Report on lock hospitals in British Burma
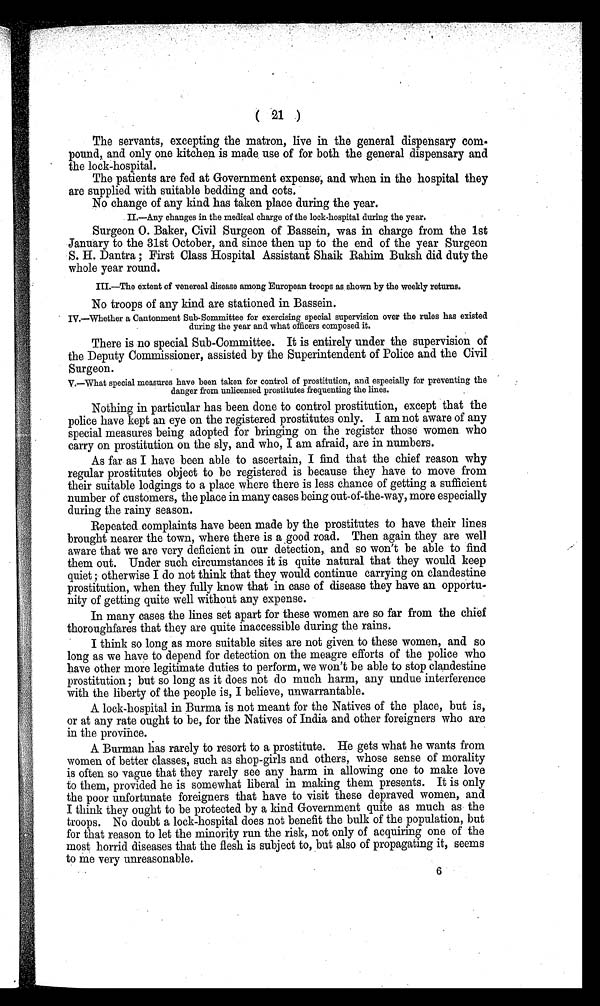
( 21 )
The servants, excepting the matron, live in the general dispensary com-
pound, and only one kitchen is made use of for both the general dispensary and
the lock-hospital.
The patients are fed at Government expense, and when in the hospital they
are supplied with suitable bedding and cots.
No change of any kind has taken place during the year.
II.—Any changes in the medical charge of the lock-hospital during the year.
Surgeon 0. Baker, Civil Surgeon of Bassein, was in charge from the 1st
January to the 31st October, and since then up to the end of the year Surgeon
S. H. Dantra ; First Class Hospital Assistant Shaik Rahim Buksh did duty the
whole year round.
III.—The extent of venereal disease among European troops as shown by the weekly returns.
No troops of any kind are stationed in Bassein.
IV.—Whether a Cantonment Sub-Committee for exercising special supervision over the rules has existed
during the year and what officers composed it.
There is no special Sub-Committee. It is entirely under the supervision of
the Deputy Commissioner, assisted by the Superintendent of Police and the Civil
Surgeon.
V.—What special measures have been taken for control of prostitution, and especially for preventing the
danger from unlicensed prostitutes frequenting the lines.
Nothing in particular has been done to control prostitution, except that the
police have kept an eye on the registered prostitutes only. I am not aware of any
special measures being adopted for bringing on the register those women who
carry on prostitution on the sly, and who, I am afraid, are in numbers.
As far as I have been able to ascertain, I find that the chief reason why
regular prostitutes object to be registered is because they have to move from
their suitable lodgings to a place where there is less chance of getting a sufficient
number of customers, the place in many cases being out-of-the-way, more especially
during the rainy season.
Repeated complaints have been made by the prostitutes to have their lines
brought nearer the town, where there is a good road. Then again they are well
aware that we are very deficient in our detection, and so won't be able to find
them out. Under such circumstances it is quite natural that they would keep
quiet ; otherwise I do not think that they would continue carrying on clandestine
prostitution, when they fully know that in case of disease they have an opportu-
nity of getting quite well without any expense.
In many cases the lines set apart for these women are so far from the chief
thoroughfares that they are quite inaccessible during the rains.
I think so long as more suitable sites are not given to these women, and so
long as we have to depend for detection on the meagre efforts of the police who
have other more legitimate duties to perform, we won't be able to stop clandestine
prostitution ; but so long as it does not do much harm, any undue interference
with the liberty of the people is, I believe, unwarrantable.
A lock-hospital in Burma is not meant for the Natives of the place, but is,
or at any rate ought to be, for the Natives of India and other foreigners who are
in the province.
A Burman has rarely to resort to a prostitute. He gets what he wants from
women of better classes, such as shop-girls and others, whose sense of morality
is often so vague that they rarely see any harm in allowing one to make love
to them, provided he is somewhat liberal in making them presents. It is only
the poor unfortunate foreigners that have to visit these depraved women, and
I think they ought to be protected by a kind Government quite as much as the
troops. No doubt a lock-hospital does not benefit the bulk of the population, but
for that reason to let the minority run the risk, not only of acquiring one of the
most horrid diseases that the flesh is subject to, but also of propagating it, seems
to me very unreasonable.